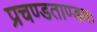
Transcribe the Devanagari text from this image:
प्रचण्डताण्डवः